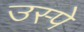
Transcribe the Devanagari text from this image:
उस्पे